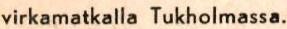
virkamatkalla Tukholmassa.